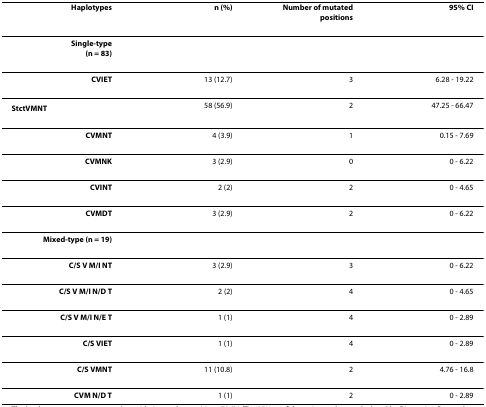
<table><thead><tr><td><b>Haplotypes</b></td><td><b>n (%)</b></td><td><b>Number of mutated positions</b></td><td><b>95% CI</b></td></tr></thead><tbody><tr><td><b>Single-type</b><b>(n = 83)</b></td><td></td><td></td><td></td></tr><tr><td><b>CVIET</b></td><td>13 (12.7)</td><td>3</td><td>6.28 - 19.22</td></tr><tr><td><b>S<sub>tct</sub>VMNT</b></td><td>58 (56.9)</td><td>2</td><td>47.25 - 66.47</td></tr><tr><td><b>CVMNT</b></td><td>4 (3.9)</td><td>1</td><td>0.15 - 7.69</td></tr><tr><td><b>CVMNK</b></td><td>3 (2.9)</td><td>0</td><td>0 - 6.22</td></tr><tr><td><b>CVINT</b></td><td>2 (2)</td><td>2</td><td>0 - 4.65</td></tr><tr><td><b>CVMDT</b></td><td>3 (2.9)</td><td>2</td><td>0 - 6.22</td></tr><tr><td><b>Mixed-type (n = 19)</b></td><td></td><td></td><td></td></tr><tr><td><b>C/S V M/I NT</b></td><td>3 (2.9)</td><td>3</td><td>0 - 6.22</td></tr><tr><td><b>C/S V M/I N/D T</b></td><td>2 (2)</td><td>4</td><td>0 - 4.65</td></tr><tr><td><b>C/S V M/I N/E T</b></td><td>1 (1)</td><td>4</td><td>0 - 2.89</td></tr><tr><td><b>C/S VIET</b></td><td>1 (1)</td><td>4</td><td>0 - 2.89</td></tr><tr><td><b>C/S VMNT</b></td><td>11 (10.8)</td><td>2</td><td>4.76 - 16.8</td></tr><tr><td><b>CVM N/D T</b></td><td>1 (1)</td><td>2</td><td>0 - 2.89</td></tr></tbody></table>